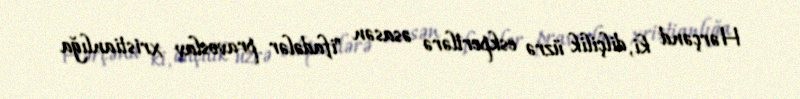
Hərçənd ki, dilçilik üzrə eskpertlərə əsasən "ifadələr pravoslav xristianlığa